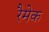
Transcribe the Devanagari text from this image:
रैमेक